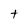
Character: t